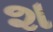
શ